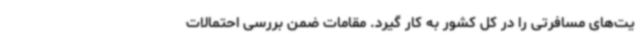
یت‌های مسافرتی را در کل کشور به کار گیرد. مقامات ‌ضمن بررسی احتمالات